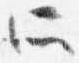
所